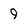
Character: 9